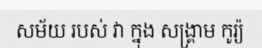
សម័យ របស់ វា ក្នុង សង្គ្រាម កូរ្យ៉